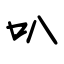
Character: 叭